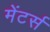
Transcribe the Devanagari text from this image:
मेंटर्स